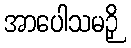
အာပေါသမဉှိ